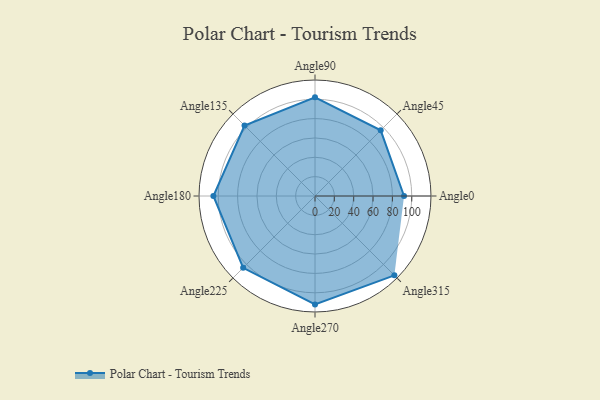
{"axis": {"x": "Angle", "y": "Radius"}, "legend": [""], "data": [{"x": "Angle0", "y": 92.0, "type": ""}, {"x": "Angle45", "y": 96.0, "type": ""}, {"x": "Angle90", "y": 102.0, "type": ""}, {"x": "Angle135", "y": 103.0, "type": ""}, {"x": "Angle180", "y": 105.0, "type": ""}, {"x": "Angle225", "y": 105.0, "type": ""}, {"x": "Angle270", "y": 112.0, "type": ""}, {"x": "Angle315", "y": 116.0, "type": ""}]}